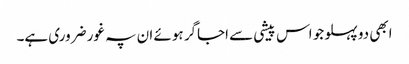
ابھی دو پہلو جو اس پیشی سے اجاگر ہوئے ان پہ غور ضروری ہے۔